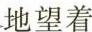
地望着